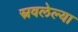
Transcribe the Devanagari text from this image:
स्रवलेल्या